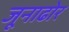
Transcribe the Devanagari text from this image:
जूनाढोर